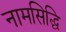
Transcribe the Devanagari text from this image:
नामसिद्धि